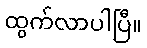
ထွက်လာပါပြီ။